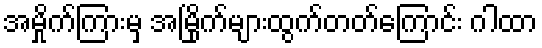
အမှိုက်ကြားမှ အမြိုက်များထွက်တတ်ကြောင်း ဂါထာ